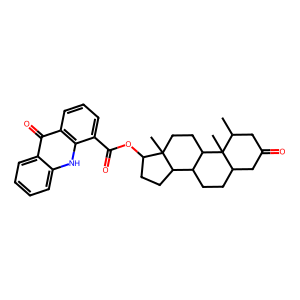
SMILES: CC1CC(=O)CC2CCC3C4CCC(OC(=O)c5cccc6c(=O)c7ccccc7[nH]c56)C4(C)CCC3C12C
Inhibits HIV replication: No